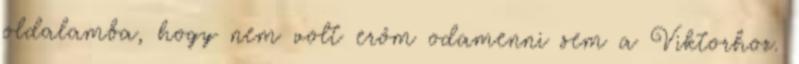
oldalamba, hogy nem volt erőm odamenni sem a Viktorhoz.